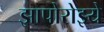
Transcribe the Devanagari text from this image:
झापोरोझ्ये